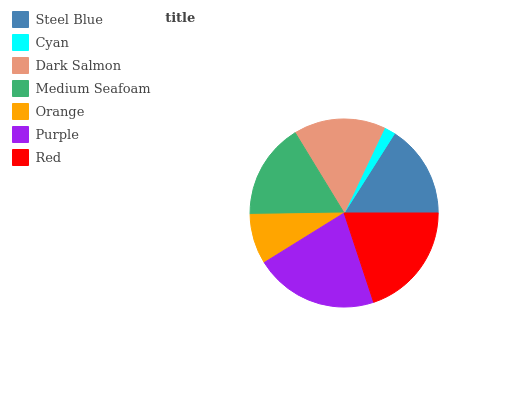
| Steel Blue | Cyan | Dark Salmon | Medium Seafoam | Orange | Purple | Red |
 | --- | --- | --- | --- | --- | --- | --- |
 | 16.1% | 1.94% | 15.8% | 16.6% | 8.59% | 21.2% | 19.9% |